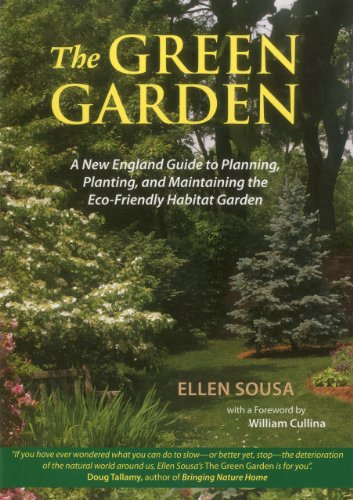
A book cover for The Green Garden: A New England Guide to Planting and Maintaining the Eco-Friendly Habitat Garden; Ellen Sousa; Crafts, Hobbies & Home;